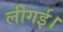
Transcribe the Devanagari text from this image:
लीगई।